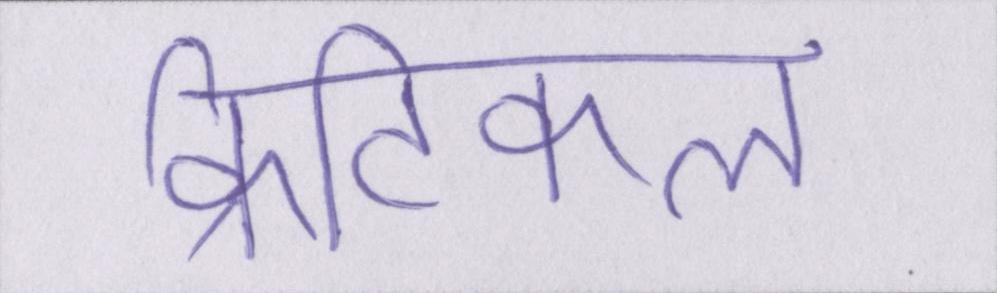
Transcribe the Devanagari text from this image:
क्रिटिकल